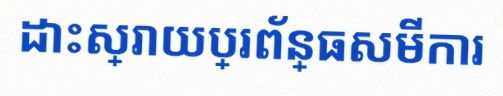
ដោះស្រាយប្រព័ន្ធសមីការ